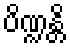
ပိဏ္ဍန္တိ